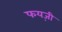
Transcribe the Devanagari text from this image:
फयज़ी